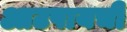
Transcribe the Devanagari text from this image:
आटपायची